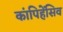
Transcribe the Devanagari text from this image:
कांपिहेंसिव